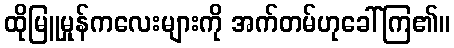
ထိုမြူမှုန်ကလေးများကို အက်တမ်ဟုခေါ်ကြ၏။